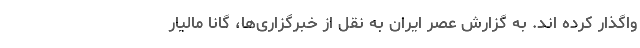
واگذار کرده اند. به گزارش عصر ایران به نقل از خبرگزاری‌ها، گانا مالیار